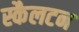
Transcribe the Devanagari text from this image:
स्कैलटन